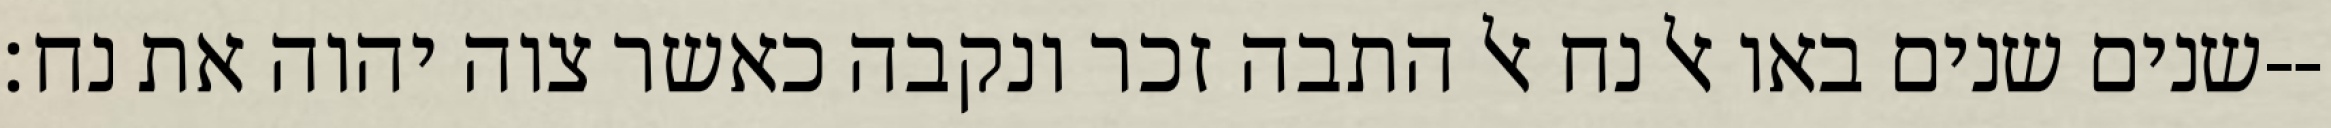
שנים שנים באו אל נח אל התבה זכר ונקבה כאשר צוה יהוה את נח׃--